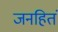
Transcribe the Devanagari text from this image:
जनहितं